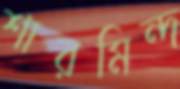
শারমিন্দ